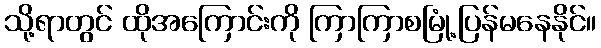
သို့ရာတွင် ထိုအကြောင်းကို ကြာကြာစမြုံ့ပြန်မနေနိုင်။